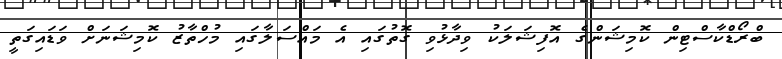
ބްރޯޑްކާސްޓިން ކޮމިޝަންގެ އޮފިޝަލަކު ވިދާޅުވި ގޮތުގައި އެ މައްސަލާގައި މުހްތާޒު ކޮމިޝަނަށް ވަޑައިގަތީ